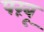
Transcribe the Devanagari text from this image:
परंबू